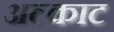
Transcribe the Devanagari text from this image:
अल्काट